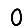
Digit: 0